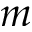
^ Ḋ m Ḍ